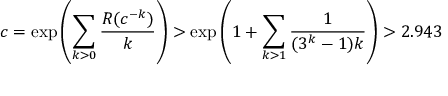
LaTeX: c = \exp \left( \sum _ { k > 0 } { \frac { R ( c ^ { - k } ) } { k } } \right) > \exp \left( 1 + \sum _ { k > 1 } { \frac { 1 } { ( 3 ^ { k } - 1 ) k } } \right) > 2 . 9 4 3